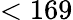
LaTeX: <169